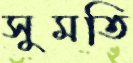
সুমতি